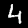
Digit: 4